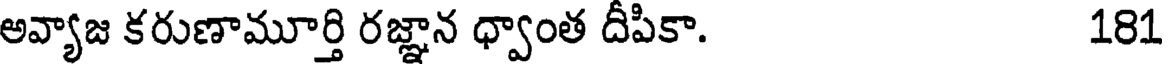
అవ్యాజ కరుణామూర్తి రజ్ఞాన ధ్వాంత దీపికా. 181